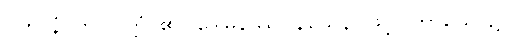
ပဟာနံ၊ ကို။ ဝုတ္တံ၊ ၏။ ဒေါမနဿဝိနယေန၊ ဖြင့်။ ကာယေ၊ ၌။